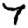
Digit: 7